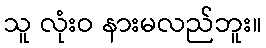
သူ လုံးဝ နားမလည်ဘူး။